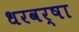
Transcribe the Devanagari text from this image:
धरवर्षा